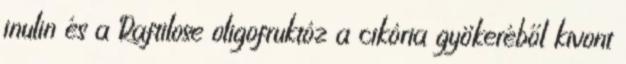
inulin és a Raftilose oligofruktóz a cikória gyökeréből kivont